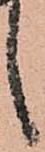
候